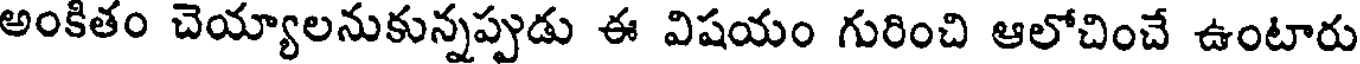
అంకితం చెయ్యాలనుకున్నప్పుడు ఈ విషయం గురించి ఆలోచించే ఉంటారు